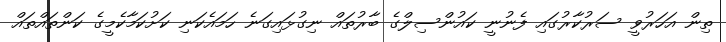
ތިން އަހަރުވީ ސަރުކާރުގައި ފެނުނީ ކައުންސިލްގެ ބާރުތައް ނިގުޅައިގަނެ ހަމައެކަނި ކަށުކަމާކެމީގެ ކަންތައްތައް